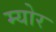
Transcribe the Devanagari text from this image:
म्‍योर